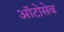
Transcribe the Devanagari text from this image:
ऑटोसेव